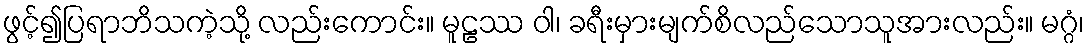
ဖွင့်၍ပြရာဘိသကဲ့သို့ လည်းကောင်း။ မူဠဿ ဝါ၊ ခရီးမှားမျက်စိလည်သောသူအားလည်း။ မဂ္ဂံ၊